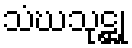
သံဃသုဋ္ဌု